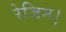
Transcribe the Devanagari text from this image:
रेजिन।